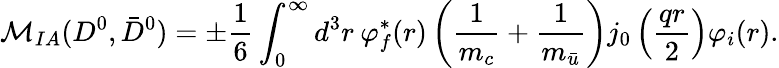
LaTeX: {\cal M}_{IA}(D^{0},\bar{D}^{0})=\pm\frac{1}{6}\int_{0}^{\infty}d^{3}r\: \varphi_{f}^{*}(r)\left(\frac{1}{m_{c}}+\frac{1}{m_{\bar{u}}}\right)j_{0}\left(\frac{qr}{2}\right)\varphi_{i}(r).